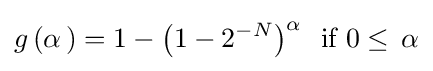
g\left(\alpha \,\right)=1-{\left(1-{2^{-N}}\right)^{\alpha }\,}\,{\text{ if }}0\leq \,\alpha